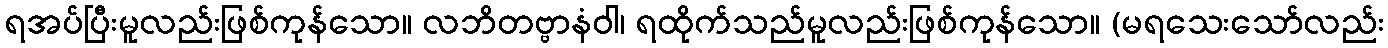
ရအပ်ပြီးမူလည်းဖြစ်ကုန်သော။ လဘိတဗ္ဗာနံဝါ၊ ရထိုက်သည်မူလည်းဖြစ်ကုန်သော။ (မရသေးသော်လည်း